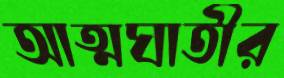
আত্মঘাতীর